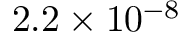
2 . 2 \times 1 0 ^ { - 8 }